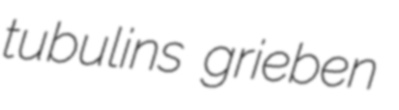
tubulins grieben